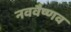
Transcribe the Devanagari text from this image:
नववैष्णव